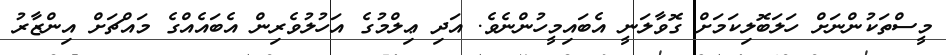
މީސްތަކުންނަށް ހަލަބޮލިކަމަށް ގޮވާލަނީ އެބައިމީހުންނެވެ. އަދި ޢިލްމުގެ އަހުލުވެރިން އެބައެއްގެ މައްޗަށް އިންޒާރު